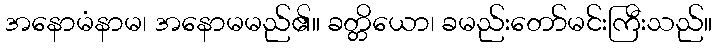
အနောမံနာမ၊ အနောမမည်၏။ ခတ္တိယော၊ ခမည်းတော်မင်းကြီးသည်။